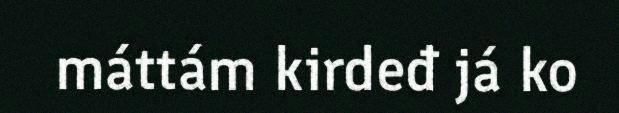
máttám kirdeđ já ko